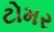
ટોમર